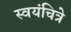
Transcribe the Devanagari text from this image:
स्वयंचित्रे